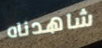
شاهدناه